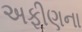
અફીણના